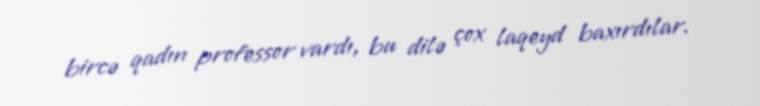
bircə qadın professor vardı, bu dilə çox laqeyd baxırdılar.